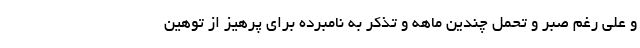
و علی رغم صبر و تحمل چندین ماهه و تذکر به نامبرده برای پرهیز از توهین